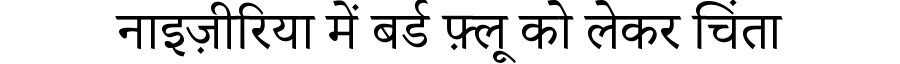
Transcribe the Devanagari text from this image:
नाइज़ीरिया में बर्ड फ़्लू को लेकर चिंता